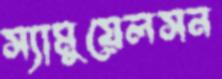
স্যামুয়েলসন